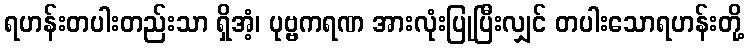
ရဟန်းတပါးတည်းသာ ရှိအံ့၊ ပုဗ္ဗကရဏ အားလုံးပြုပြီးလျှင် တပါးသောရဟန်းတို့